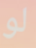
لو